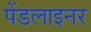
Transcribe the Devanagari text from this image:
पेंडलाइनर